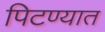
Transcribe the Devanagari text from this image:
पिटण्यात